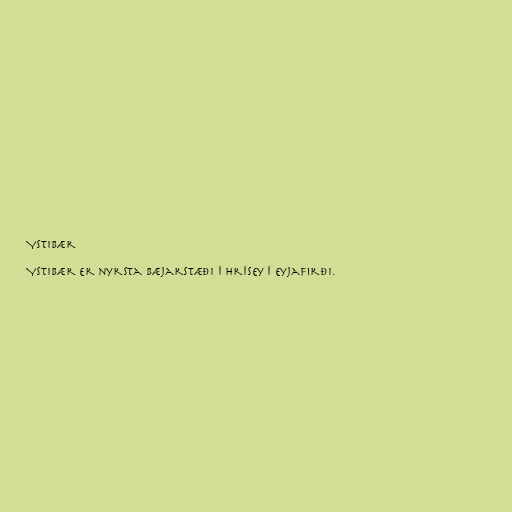
Ystibær

Ystibær er nyrsta bæjarstæði í Hrísey í Eyjafirði.